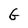
Character: G